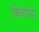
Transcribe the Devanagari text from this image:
किनीयर